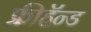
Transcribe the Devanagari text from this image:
फ्रीहॅन्ड